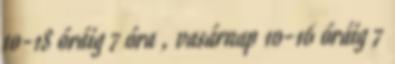
10-18 óráig 7 óra , vasárnap 10-16 óráig 7